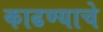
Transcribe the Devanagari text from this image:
काढण्‍याचे